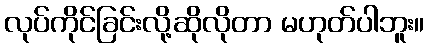
လုပ်ကိုင်ခြင်းလို့ဆိုလိုတာ မဟုတ်ပါဘူး။